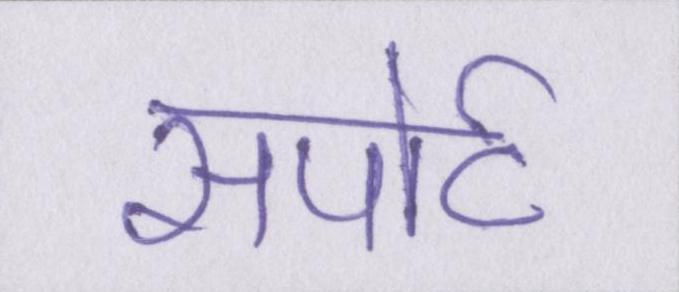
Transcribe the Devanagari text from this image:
सपोर्ट